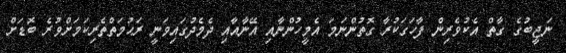
ނަޖީބުގެ ގާތް އެކުވެރިން ފާހަގަކުރާ ގޮތުންނަމަ އެމީހުންނާއި އޭނާއާއި ދެމެދުގައިވަނީ ރަޙުމަތްތެރިކަމަށްވުރެ ބޮޑަށް